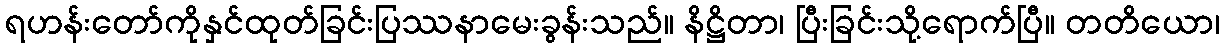
ရဟန်းတော်ကိုနှင်ထုတ်ခြင်းပြဿနာမေးခွန်းသည်။ နိဋ္ဌိတာ၊ ပြီးခြင်းသို့ရောက်ပြီ။ တတိယော၊